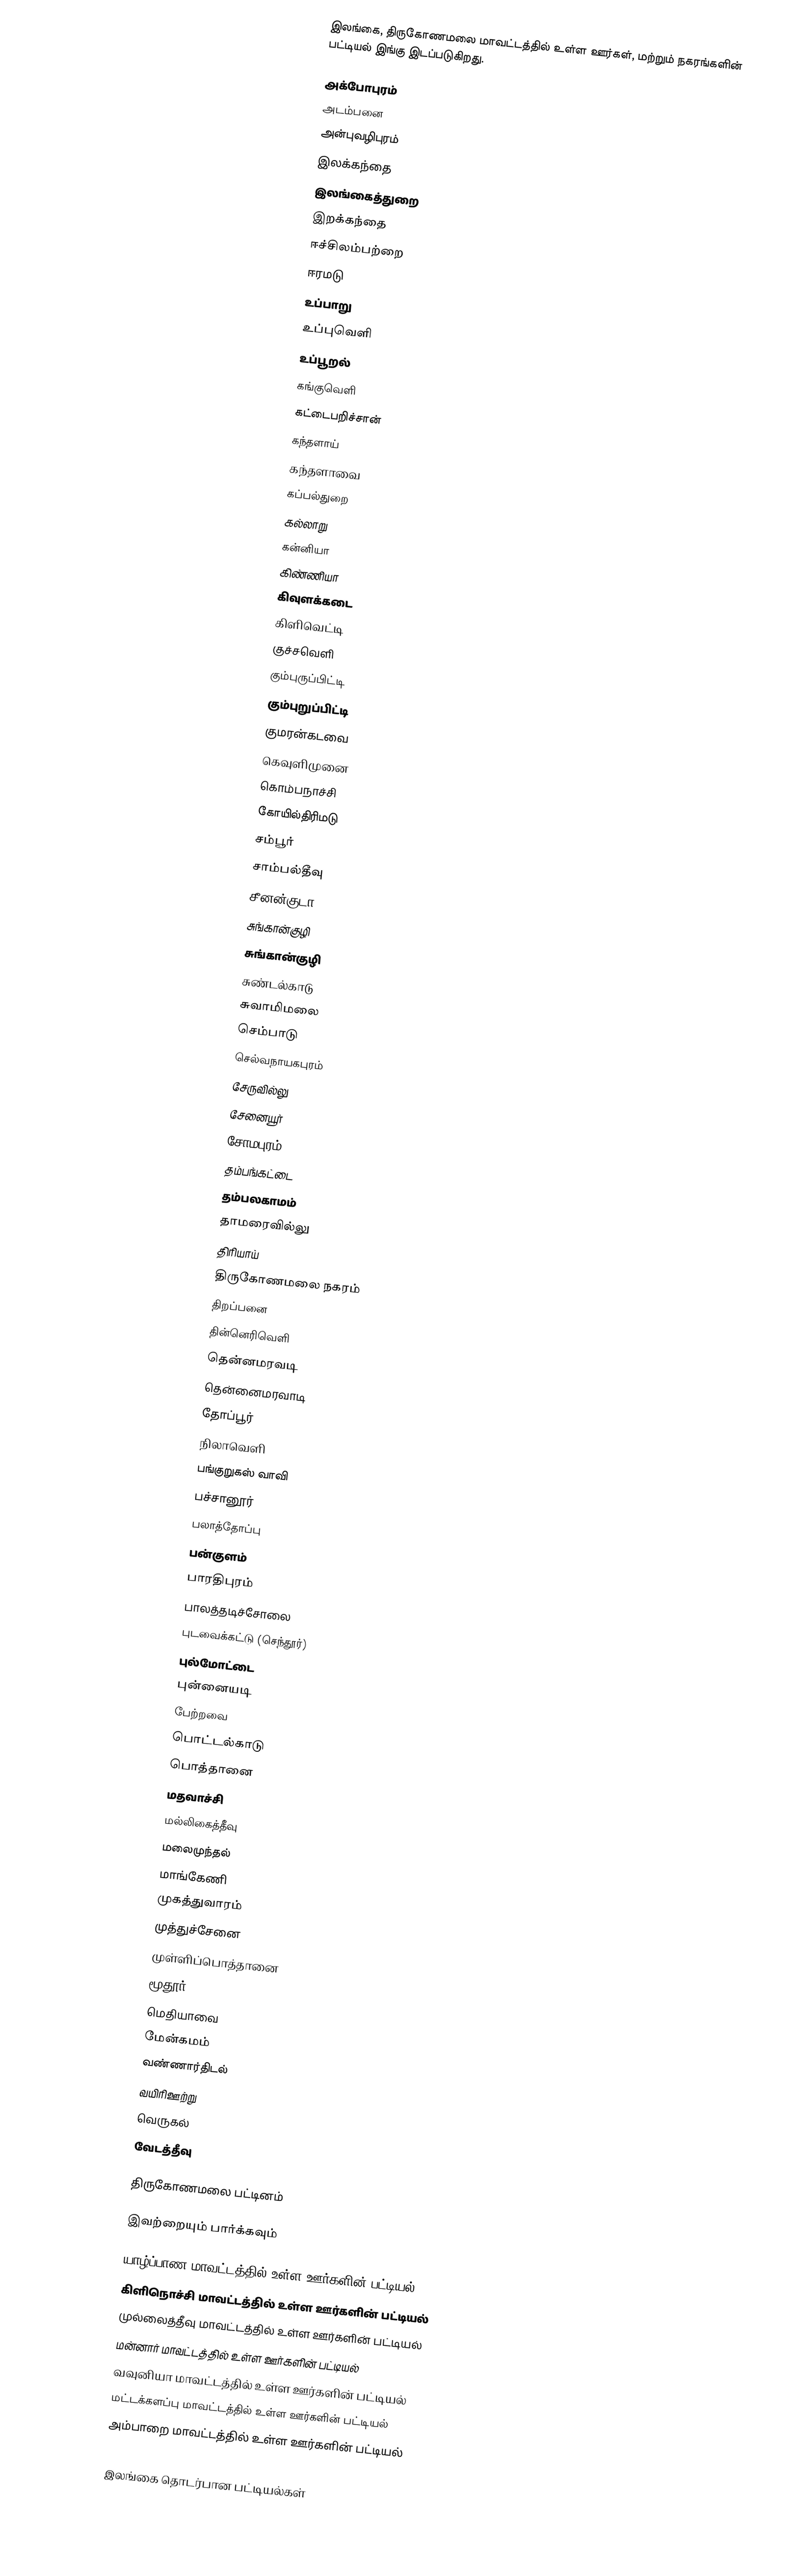
இலங்கை, திருகோணமலை மாவட்டத்தில் உள்ள ஊர்கள், மற்றும் நகரங்களின் பட்டியல் இங்கு இடப்படுகிறது.

 அக்போபுரம்
 அடம்பனை
 அன்புவழிபுரம்
 இலக்கந்தை
 இலங்கைத்துறை
 இறக்கந்தை
 ஈச்சிலம்பற்றை
 ஈரமடு
 உப்பாறு
 உப்புவெளி
 உப்பூறல்
 கங்குவெளி
 கட்டைபறிச்சான்
 கந்தளாய்
 கந்தளாவை
 கப்பல்துறை
 கல்லாறு
 கன்னியா
 கிண்ணியா
 கிவுளக்கடை
 கிளிவெட்டி
 குச்சவெளி
 கும்புருப்பிட்டி
 கும்புறுப்பிட்டி
 குமரன்கடவை
 கெவுளிமுனை
 கொம்பநாச்சி
 கோயில்திரிமடு
 சம்பூர்
 சாம்பல்தீவு
 சீனன்குடா
 சுங்கான்குழி
 சுங்கான்குழி
 சுண்டல்காடு
 சுவாமிமலை
 செம்பாடு
 செல்வநாயகபுரம்
 சேருவில்லு
 சேனையூர்
 சோமபுரம்
 தம்பங்கட்டை
 தம்பலகாமம்
 தாமரைவில்லு
 திரியாய்
 திருகோணமலை நகரம்
 திறப்பனை
 தின்னெரிவெளி
 தென்னமரவடி
 தென்னைமரவாடி
 தோப்பூர்
 நிலாவெளி
 பங்குறுகஸ் வாவி
 பச்சானூர்
 பலாத்தோப்பு
 பன்குளம்
 பாரதிபுரம்
 பாலத்தடிச்சோலை
 புடவைக்கட்டு (செந்தூர்)
 புல்மோட்டை
 புன்னையடி
 பேற்றவை
 பொட்டல்காடு
 பொத்தானை
 மதவாச்சி
 மல்லிகைத்தீவு
 மலைமுந்தல்
 மாங்கேணி
 முகத்துவாரம்
 முத்துச்சேனை
 முள்ளிப்பொத்தானை
 மூதூர்
 மெதியாவை
 மேன்கமம்
 வண்ணார்திடல்
 வயிரிஊற்று
 வெருகல்
 வேடத்தீவு

திருகோணமலை பட்டினம்

இவற்றையும் பார்க்கவும்

 யாழ்ப்பாண மாவட்டத்தில் உள்ள ஊர்களின் பட்டியல்
 கிளிநொச்சி மாவட்டத்தில் உள்ள ஊர்களின் பட்டியல்
 முல்லைத்தீவு மாவட்டத்தில் உள்ள ஊர்களின் பட்டியல்
 மன்னார் மாவட்டத்தில் உள்ள ஊர்களின் பட்டியல்
 வவுனியா மாவட்டத்தில் உள்ள ஊர்களின் பட்டியல்
 மட்டக்களப்பு மாவட்டத்தில் உள்ள ஊர்களின் பட்டியல்
 அம்பாறை மாவட்டத்தில் உள்ள ஊர்களின் பட்டியல்

இலங்கை தொடர்பான பட்டியல்கள்